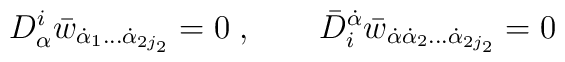
D^i_\alpha \bar w_{\dot\alpha_1\ldots\dot\alpha_{2j_2}}=0\;, \qquad \bar D_i^{\dot\alpha}\bar w_{\dot\alpha\dot\alpha_2\ldots\dot\alpha_{2j_2}}=0